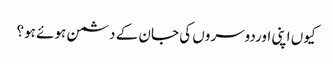
کیوں اپنی اوردوسروں کی جان کے دشمن ہوئے ہو؟